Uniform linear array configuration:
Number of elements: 48
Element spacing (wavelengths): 0.25
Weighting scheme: binomial
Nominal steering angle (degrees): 0
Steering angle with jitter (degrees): -1.831
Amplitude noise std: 0.05
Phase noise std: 0.05

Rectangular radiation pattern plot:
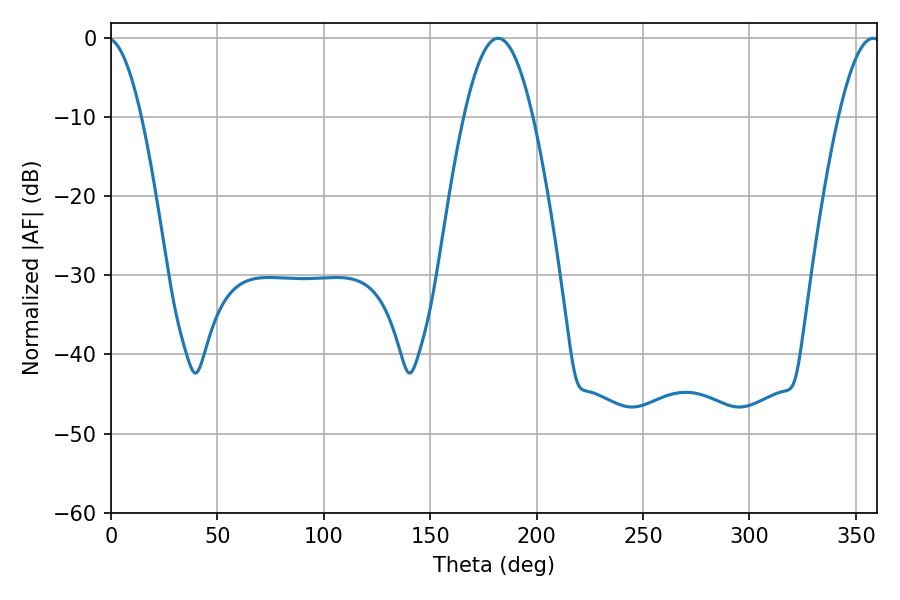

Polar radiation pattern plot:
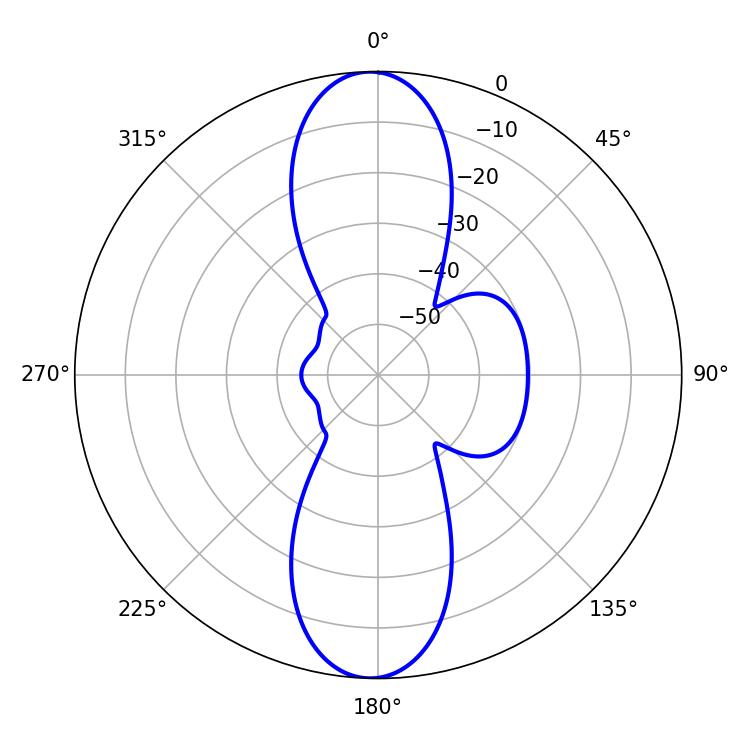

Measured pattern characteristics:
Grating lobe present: FALSE
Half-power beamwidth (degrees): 17.46
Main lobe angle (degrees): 181.8